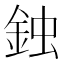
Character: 鉵